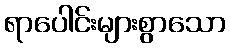
ရာပေါင်းများစွာသော